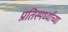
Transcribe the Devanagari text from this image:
प्रतिस्पर्ध्यांच्या